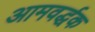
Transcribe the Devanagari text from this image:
आमवर्द्धक